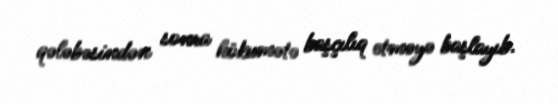
qələbəsindən sonra hökumətə başçılıq etməyə başlayıb.